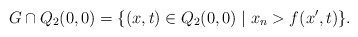
\begin{align*}G \cap Q_{2}(0,0) = \{(x, t)\in Q_{2}(0,0)\mid x_n > f(x',t)\}.\end{align*}